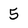
Character: 5